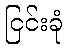
ငြင်းခုံ